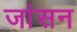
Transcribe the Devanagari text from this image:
जांसन